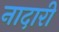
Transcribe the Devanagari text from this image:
नादारी